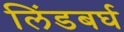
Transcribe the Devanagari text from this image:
लिंडबर्घ